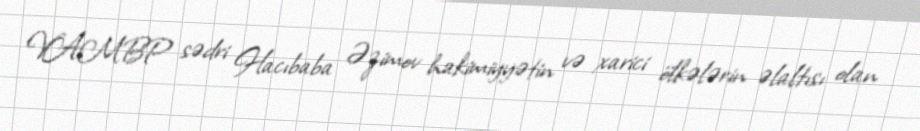
VAMBP sədri Hacıbaba Əzimov hakimiyyətin və xarici ölkələrin əlaltısı olan